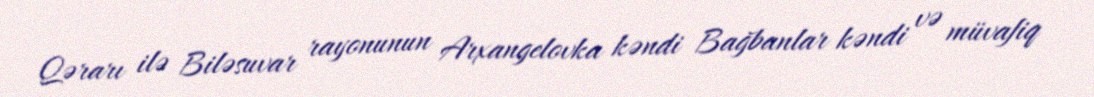
Qərarı ilə Biləsuvar rayonunun Arxangelovka kəndi Bağbanlar kəndi və müvafiq